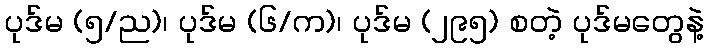
ပုဒ်မ (၅/ည)၊ ပုဒ်မ (၆/က)၊ ပုဒ်မ (၂၉၅) စတဲ့ ပုဒ်မတွေနဲ့